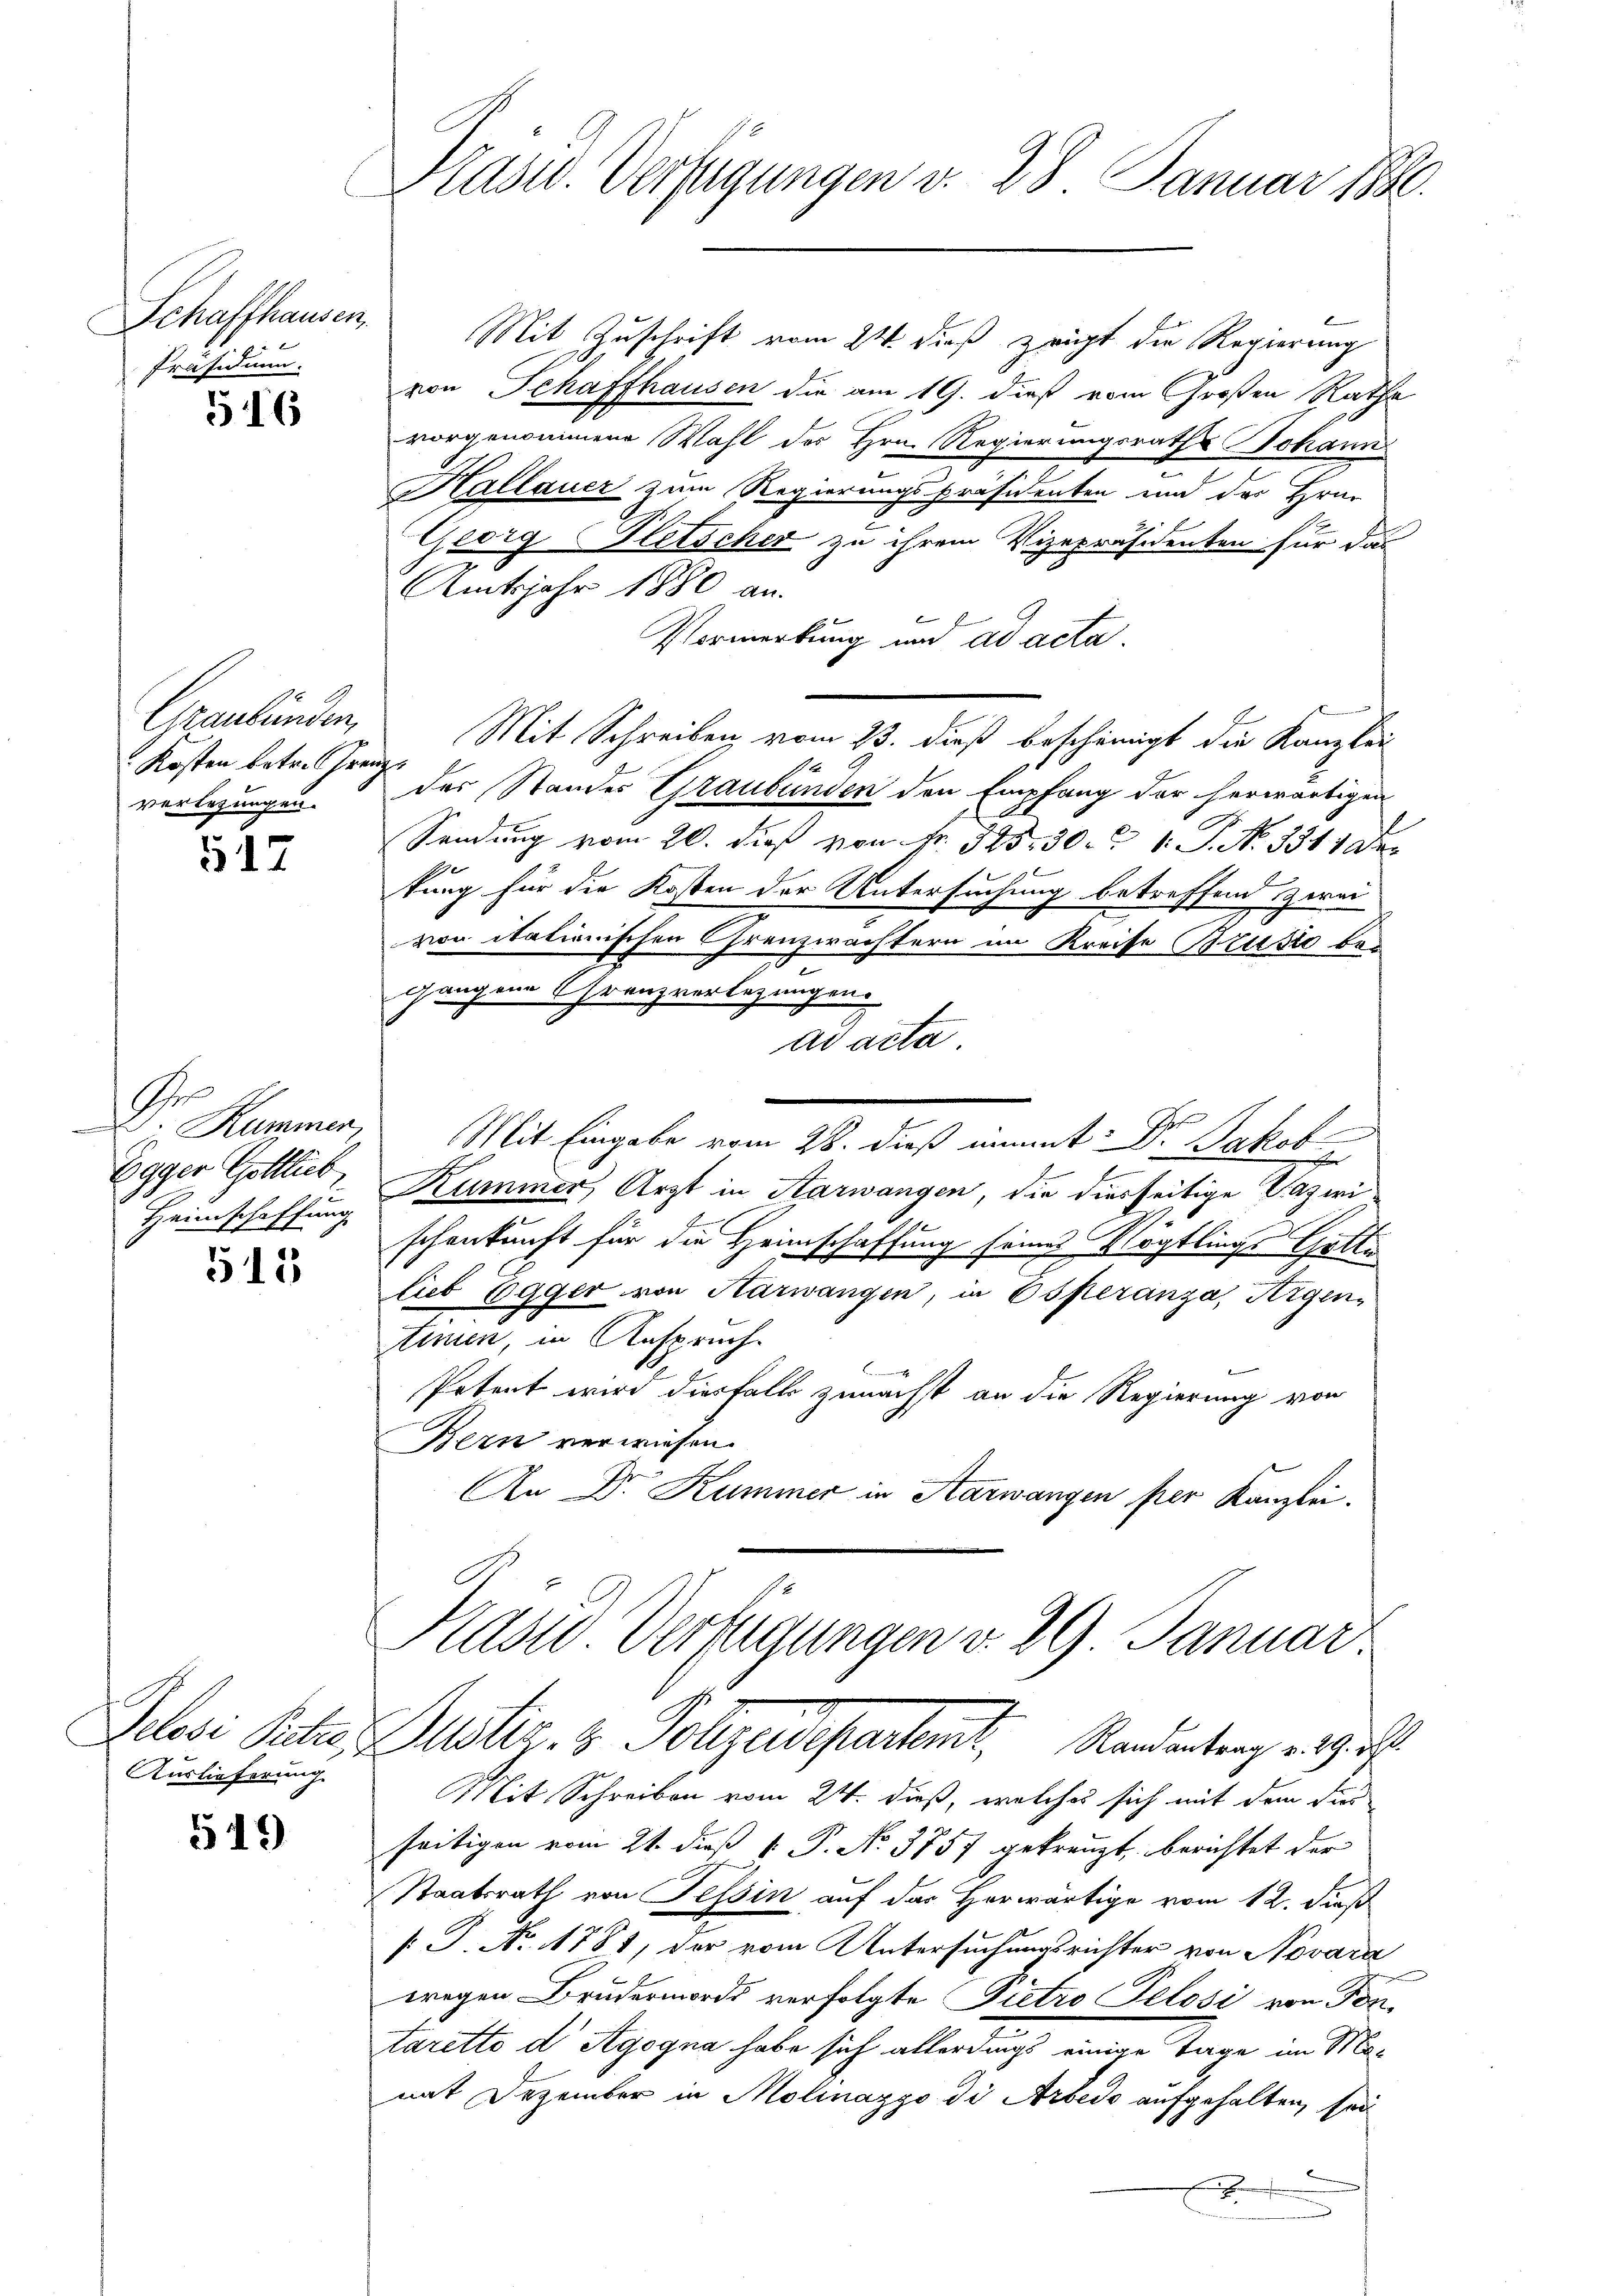
Schaffhausen,
Präsidium.

516

Graubünden,
Kosten betr. Grenz
verlegungen.

517

A
D. Kummer,
Egger Gottlieb,
Heimschaffung

513

Etten hatte
Auslieferung

549

Präsid. Verfügungen v. 28. Januar 1890.

Mit Zuschrift vom 24. dieß zeigt die Regierung
von Schaffhausen die am 19. dieß vom Großen Ratha
vorgenommene Wahl des Hrn. Regierungsrath Johann
Kallauer zum Regierungspräsidenten und der Hrur-
2
Georg Fetscher zu ihrem Vizepräsidenten für das
Amtsjahr 1880 an.
Vormerkung und ad acta
Mit Schreiben vom 23. dieß bescheinigt die Kanzlei
1
des Standes Graubünden den Empfang der herwärtigen
Sendung vom 20. dieß von Fr. 325, 30. 1. P. No 3311 Dekung für die Kosten der Untersuchung betreffend zwei
von itationischen Grenzwachtern im Kreise Brusić begangene Grenzverlegungen.
ad acta.
Mit Eingabe vom 28. dieß nimmt: Dr. Jakob

Kummer, Arzt in Aarwangen, die diesseitige Vazwi¬
6
schenkunft für die Heimschaffung seines Vögtlings Gotte
lieb Egger von Aarwangen, in Osperanza, Aigen-
tinen, in Anspruch.
Petent wird diesfalls zunächst an die Regierung von
Bern verwiesen.
An Dr. Kummer in Aarwangen per Kanzlei.
Kasu Verfügungen v. 29 Januar
Justiz & Polizeidepartent, Randenburg erhielt
Mit Schreiben vom 24. dieß, welches sich mit dem dies
seitigen vom 21. daß 1. P. No. 3757 gekreuzt, berichtet der
Staatsrath von Tessin auf das Herwärtige vom 12. dieß
[J. No. 1781, der vom Untersuchungsrichter von Novara
wegen Brudermorde verfolgte Pietro Pelosi von Tontaretto der Agogna habe sich allerdings einige Tage im Mamit Dezember in Molinazgo di Arbedo aufgehalten, sei
x
amm